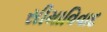
સીમાવિવાદ